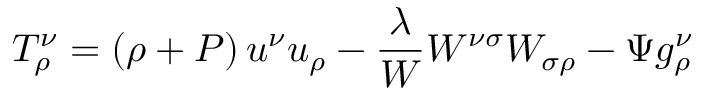
T _ { \rho } ^ { \nu } = \left( \rho + P \right) u ^ { \nu } u _ { \rho } - \frac \lambda W W ^ { \nu \sigma } W _ { \sigma \rho } - \Psi g _ { \rho } ^ { \nu }